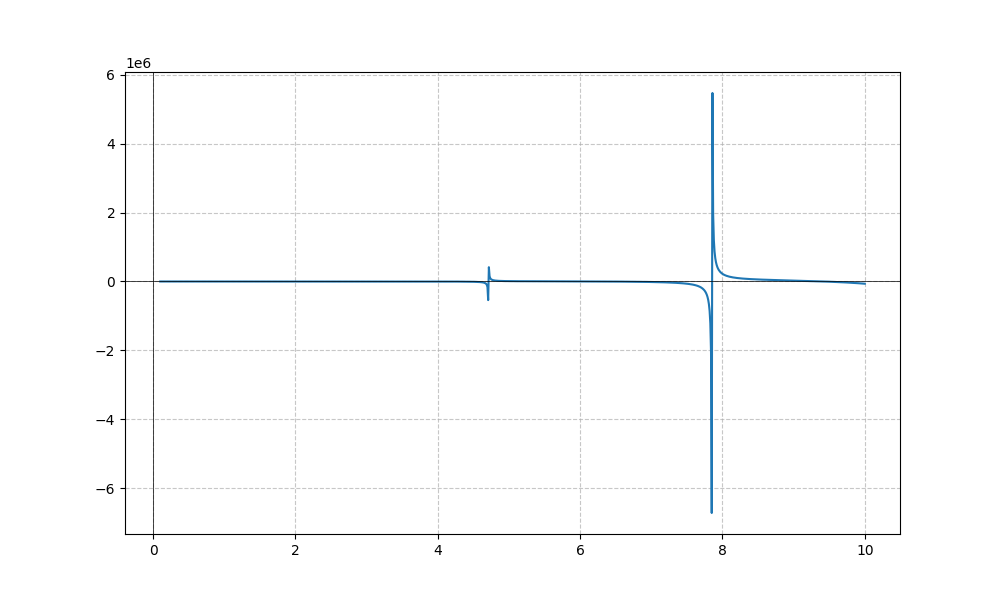
LaTeX formula: - x^{5} \tan{\left(x \right)}